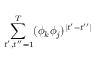
\sum _ { t ^ { \prime } , t ^ { \prime \prime } = 1 } ^ { T } ( \phi _ { k } \phi _ { j } ) ^ { \mid t ^ { \prime } - t ^ { \prime \prime } \mid }